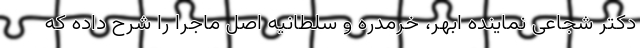
دکتر شجاعی نماینده ابهر، خرمدره و سلطانیه اصل ماجرا را شرح داده که